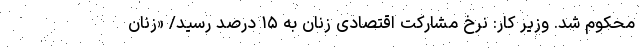
محکوم شد. وزیر کار: نرخ مشارکت اقتصادی زنان به ۱۵ درصد رسید/ «زنان